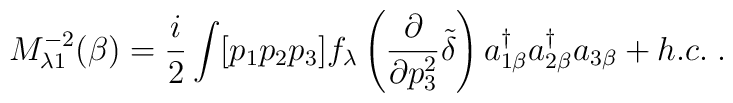
M^{-2}_{\lambda 1} (\beta) = \frac{i}{2} \int [p_1p_2p_3] f_\lambda\left(  \frac{\partial}{\partial p_3^2} \tilde{\delta} \right)a^\dagger_{1\beta} a^\dagger_{2 \beta} a_{3\beta} + h.c. \; .